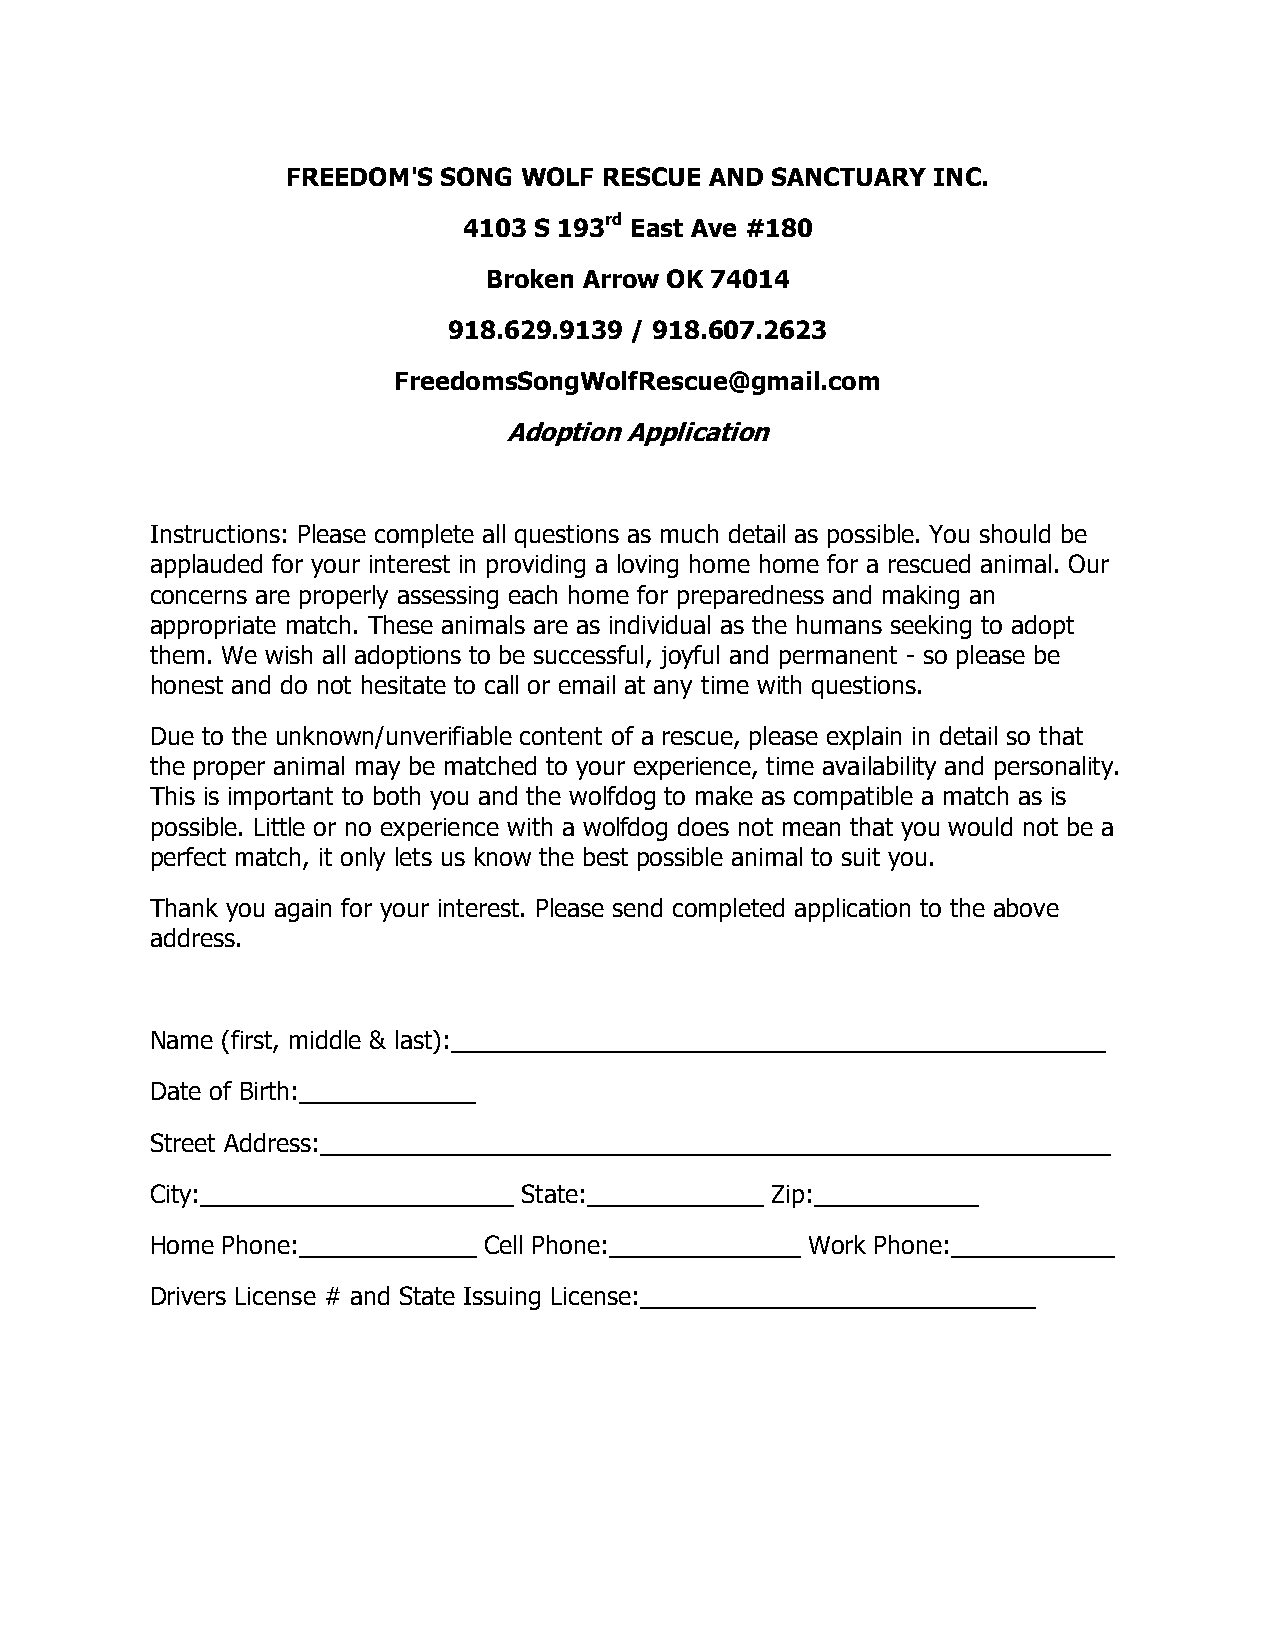
FREEDOM'S SONG WOLF  RESCUE AND SANCTUARY  INC.
 4103 S 193rd East Ave #180
 Broken Arrow OK 74014
 918.629.9139 / 918.607.2623
 FreedomsSongWolfRescue@gmail.com
 Adoption Application
 Instructions: Please complete all questions as much detail as possible. You should be
 applauded for your interest in providing a loving home home for a rescued animal. Our
 concerns are properly assessing each home for preparedness and making an
 appropriate match. These animals are as individual as the humans seeking to adopt
 them. We wish all adoptions to be successful, joyful and permanent - so please be
 honest and do not hesitate to call or email at any time with questions.
 Due to the unknown/unverifiable content of a rescue, please explain in detail so that
 the proper animal may be matched to your experience, time availability and personality.
 This is important to both you and the wolfdog to make as compatible a match as is
 possible. Little or no experience with a wolfdog does not mean that you would not be a
 perfect match, it only lets us know the best possible animal to suit you.
 Thank you again for your interest. Please send completed application to the above
 address.
 Name (first, middle & last):________________________________________________
 Date of Birth:_____________
 Street Address:__________________________________________________________
 City:_______________________ State:_____________ Zip:____________
 Home Phone:_____________ Cell Phone:______________ Work Phone:____________
 Drivers License # and State Issuing License:_____________________________